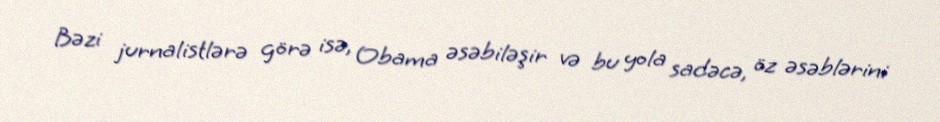
Bəzi jurnalistlərə görə isə, Obama əsəbiləşir və bu yola sadəcə, öz əsəblərini